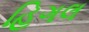
હિગલ